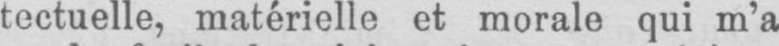
tectuelle, matérielle et morale qui m’a